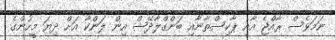
ނަމަވެސް ރާއްޖެ އާއި ޕާކިސްތާނާއި ބަންގްލާދޭޝް އިން ލަންކާ އަށް ދިޔަ މީހުންގެ